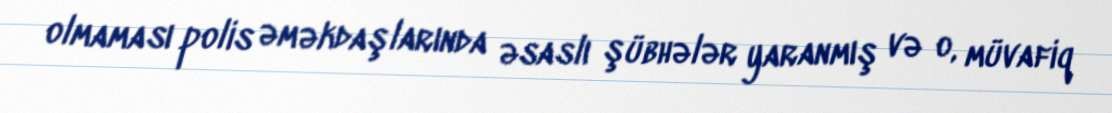
olmaması polis əməkdaşlarında əsaslı şübhələr yaranmış və o, müvafiq